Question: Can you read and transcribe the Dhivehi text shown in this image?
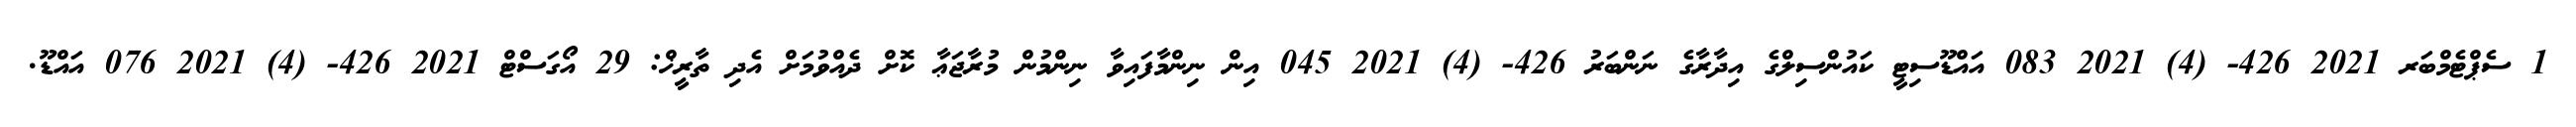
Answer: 1 ސެޕްޓެމްބަރ 2021 426- (4) 2021 083 އައްޑޫސިޓީ ކައުންސިލްގެ އިދާރާގެ ނަންބަރު 426- (4) 2021 045 އިން ނިންމާފައިވާ ނިންމުން މުރާޖަޢާ ކޮށް ދެއްވުމަށް އެދި ތާރީޚް: 29 އޯގަސްޓް 2021 426- (4) 2021 076 އައްޑޫ.